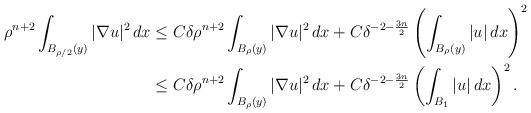
LaTeX: \begin{align*}\rho^{n+2}\int_{B_{\rho/2}(y)}|\nabla u|^2\,dx&\leq C\delta \rho^{n+2}\int_{B_{\rho}(y)}|\nabla u|^2\,dx+ C\delta^{-2-\frac{3n}{2}}\left(\int_{B_{\rho}(y)}|u|\,dx\right)^2\\& \leq C \delta \rho^{n+2}\int_{B_{\rho}(y)}|\nabla u|^2\,dx+C\delta^{-2-\frac{3n}{2}}\left(\int_{B_{1}}|u|\,dx \right)^2.\end{align*}